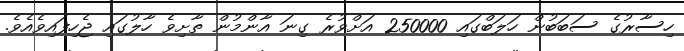
ހިސާރުގެ ސަބަބުން ހަލަބްގައި 250000 އަށްވުރެ ގިނަ އާންމުން ތާށިވެ ހާލުގައި ޖެހިފައިވެއެވެ.